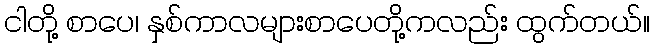
ငါတို့ စာပေ၊ နှစ်ကာလများစာပေတို့ကလည်း ထွက်တယ်။